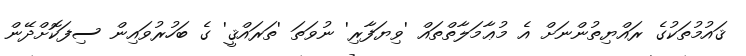
ޤައުމުތަކުގެ ރައްޔިތުންނަށް އެ މުޢާމަލާތްތައް 'ވިޔަފާރި' ނުވަތަ 'ތަރައްޤީ' ގެ ބަހުރުވައިން ސިފަކޮށްދޭން